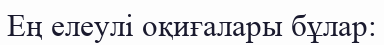
Ең елеулі оқиғалары бұлар: